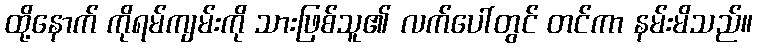
ထို့နောက် ကိုရမ်ကျမ်းကို သားဖြစ်သူ၏ လက်ပေါ်တွင် တင်ကာ နမ်းမိသည်။